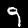
Digit: 9